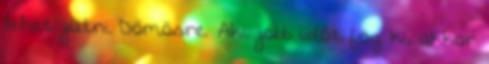
lehet jutni Dömösre. Aki jobb időt fog ki, akkor